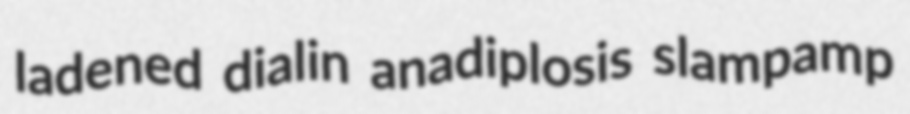
ladened dialin anadiplosis slampamp